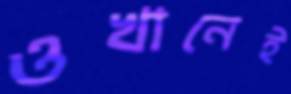
ওখানেই